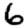
Digit: 6